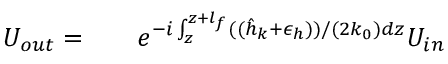
\begin{array} { r l r } { { U _ { o u t } } = } & { { } } & { e ^ { - i \int _ { z } ^ { z + l _ { f } } ( ( \hat { h } _ { k } + \epsilon _ { h } ) ) / ( 2 k _ { 0 } ) d z } U _ { i n } } \end{array}